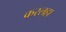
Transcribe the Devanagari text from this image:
करलहा